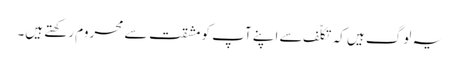
یہ لوگ ہیں کہ تکلّف سے اپنے آپ کو مشقت سے محروم رکھتے ہیں۔